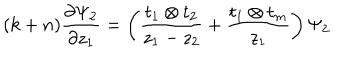
LaTeX: ( k + n ) \frac { \partial \Psi _ { 2 } } { \partial z _ { 1 } } = \left( \frac { t _ { 1 } \otimes t _ { 2 } } { z _ { 1 } - z _ { 2 } } + \frac { t _ { 1 } \otimes t _ { m } } { z _ { 1 } } \right) \Psi _ { 2 }